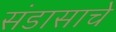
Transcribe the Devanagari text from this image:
संडासाचे